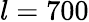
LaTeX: l=700